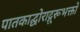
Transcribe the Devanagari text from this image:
पातकाद्घोराद्गुरूभक्तो